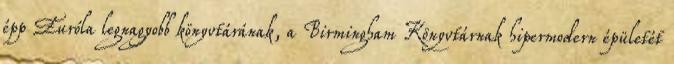
épp Euróla legnagyobb könyvtárának, a Birmingham Könyvtárnak hipermodern épületét